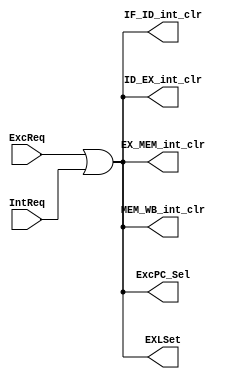
`timescale 1ns / 1ps

module IntCtrl(
	ExcReq, IntReq,
	ExcPC_Sel, EXLSet, 
	IF_ID_int_clr, ID_EX_int_clr, EX_MEM_int_clr, MEM_WB_int_clr);
	
	input ExcReq, IntReq;
	
	output ExcPC_Sel;
	output EXLSet;
	output IF_ID_int_clr, ID_EX_int_clr, EX_MEM_int_clr, MEM_WB_int_clr;
	
	assign ExcPC_Sel = ExcReq | IntReq;
	assign EXLSet = ExcReq | IntReq;
	assign IF_ID_int_clr = ExcReq | IntReq;
	assign ID_EX_int_clr = ExcReq | IntReq;
	assign EX_MEM_int_clr = ExcReq | IntReq;
	assign MEM_WB_int_clr = ExcReq | IntReq;


endmodule